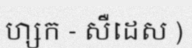
ហ្សក - សឺដេស )